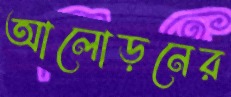
আলোড়নের